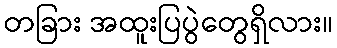
တခြား အထူးပြပွဲတွေရှိလား။